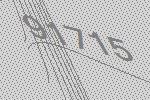
91715